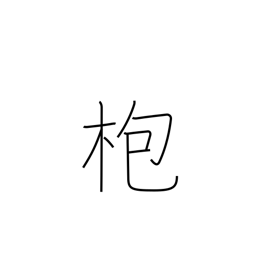
Meaning: gong stick